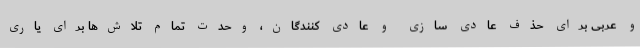
و عربی برای حذف عادی سازی و عادی کنندگان، وحدت تمام تلاش‌ها برای یاری